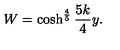
W = \cosh ^ { \frac { 4 } { 5 } } \frac { 5 k } { 4 } y .